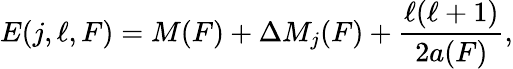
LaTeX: E(j,\ell,F)=M(F)+\Delta M_{j}(F)+{\frac{\ell(\ell+1)}{2a(F)}},